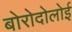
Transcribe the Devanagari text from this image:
बोरोदोलोई